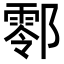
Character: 𨞖